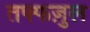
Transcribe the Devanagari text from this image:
तफ्फज़ुल